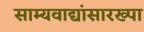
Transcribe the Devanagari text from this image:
साम्यवाद्यांसारख्पा